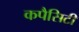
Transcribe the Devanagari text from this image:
कपैसिटी